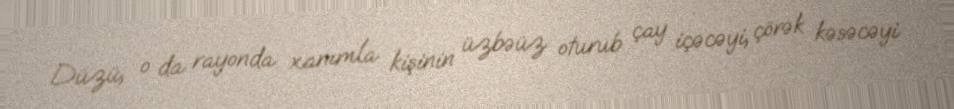
Düzü, o da rayonda xanımla kişinin üzbəüz oturub çay içəcəyi, çörək kəsəcəyi